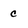
Character: c